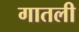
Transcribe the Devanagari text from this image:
गातली